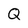
Character: Q